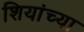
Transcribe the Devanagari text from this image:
शियांच्या